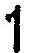
1